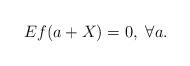
LaTeX: \begin{align*} Ef(a+X)=0,\ \forall a.\end{align*}